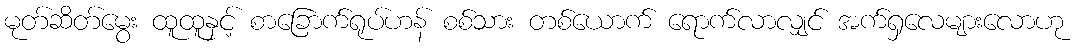
မုတ်ဆိတ်မွေး ထူထူနှင့် စာခြောက်ရုပ်ဟန် စစ်သား တစ်ယောက် ရောက်လာလျှင် အက်ရှလေများလောဟု